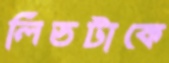
লিডটাকে